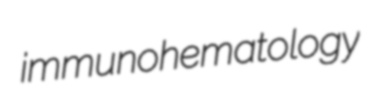
immunohematology